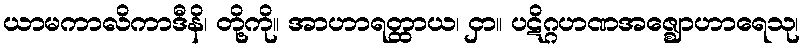
ယာမကာလိကာဒီနိ၊ တို့ကို။ အာဟာရတ္ထာယ၊ ငှာ။ ပဋိဂ္ဂဟဏအဇ္ဈောဟာရေသု၊